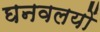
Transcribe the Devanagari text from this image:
घनवलयों